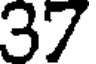
37